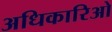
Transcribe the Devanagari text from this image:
अधिकारिओ